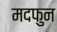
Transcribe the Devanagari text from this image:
मदफुन